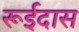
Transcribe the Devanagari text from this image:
रूईदास